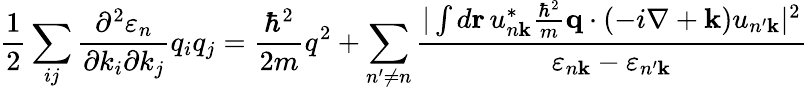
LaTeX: {\frac{1}{2}}\sum_{ij}{\frac{\partial^{2}\varepsilon_{n}}{\partial k_{i}\partial k_{j}}}q_{i}q_{j}={\frac{\hbar^{2}}{2m}}q^{2}+\sum_{n^{\prime}\neq n}{\frac{|\int d\mathbf{r}\, u_{n\mathbf{k}}^{*}{\frac{\hbar^{2}}{m}}\mathbf{q}\cdot(-i\nabla+\mathbf{k})u_{n^{\prime}\mathbf{k}}|^{2}}{\varepsilon_{n\mathbf{k}}-\varepsilon_{n^{\prime}\mathbf{k}}}}